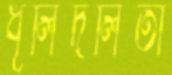
ধূলিদলিতা